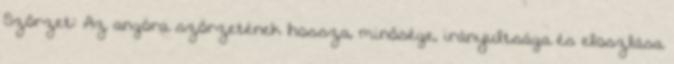
Szőrzet: Az angóra szőrzetének hossza, minősége, irányultsága és eloszlása